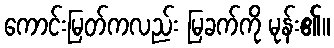
ကောင်းမြတ်ကလည်း မြခက်ကို မုန်း၏။